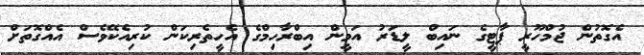
އެގޮތުން ޖުމްހޫރީ ޕާޓީގެ ނައިބް ލީޑަރު އަމީން އިބްރާހިމްގެ އެހީތެރިކަން ކުރިއެކޭވެސް އެއްގޮތަށް